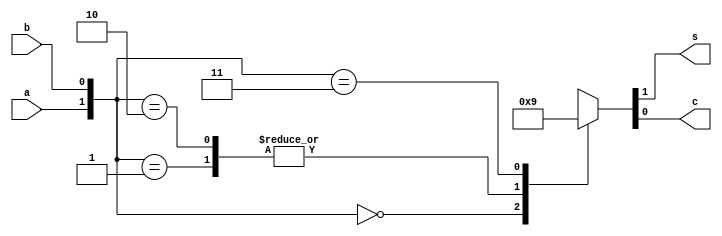
`timescale 1ns / 1ps
//////////////////////////////////////////////////////////////////////////////////
// Company: 
// Engineer: 
// 
// Design Name: 
// Module Name: HA_case
// Project Name: 
// Target Devices: 
// Tool Versions: 
// Description: 
// 
// Dependencies: 
// 
// Revision:
// Revision 0.01 - File Created
// Additional Comments:
// 
//////////////////////////////////////////////////////////////////////////////////


module HA_case(a, b, s, c);

input a, b;

output reg s, c;

always @ (a, b) begin
    case({a, b})
        2'b00 : {s, c} = 2'b00;
        2'b01 : {s, c} = 2'b10;
        2'b10 : {s, c} = 2'b10;
        2'b11 : {s, c} = 2'b01;
    endcase
end

endmodule